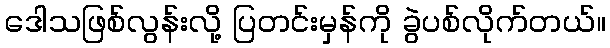
ဒေါသဖြစ်လွန်းလို့ ပြတင်းမှန်ကို ခွဲပစ်လိုက်တယ်။